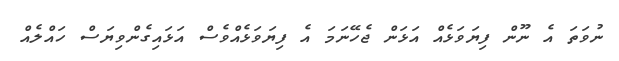
ނުވަތަ އެ ނޫން ފިޔަވަޅެއް އަޅަން ޖެހޭނަމަ އެ ފިޔަވަޅެއްވެސް އަޅައިގެންވިޔަސް ހައްލެއް